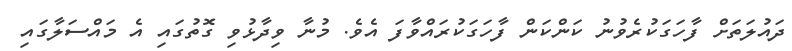
ދައުލަތަށް ފާހަގަކުރެވުނު ކަންކަން ފާހަގަކުރައްވާފަ އެވެ. މުނާ ވިދާޅުވި ގޮތުގައި އެ މައްސަލާގައި